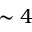
\sim 4